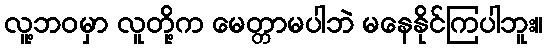
လူ့ဘ၀မှာ လူတို့က မေတ္တာမပါဘဲ မနေနိုင်ကြပါဘူး။